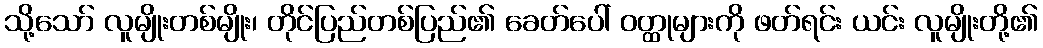
သို့သော် လူမျိုးတစ်မျိုး၊ တိုင်ပြည်တစ်ပြည်၏ ခေတ်ပေါ် ဝတ္ထုများကို ဖတ်ရင်း ယင်း လူမျိုးတို့၏